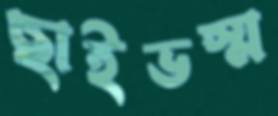
ছাইভস্ম